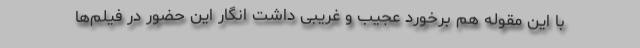
با این مقوله هم برخورد عجیب و غریبی داشت انگار این حضور در فیلم‌ها